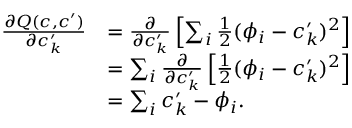
\begin{array} { r l } { \frac { \partial Q ( c , c ^ { \prime } ) } { \partial c _ { k } ^ { \prime } } } & { = \frac { \partial } { \partial c _ { k } ^ { \prime } } \left[ \sum _ { i } \frac { 1 } { 2 } ( \phi _ { i } - c _ { k } ^ { \prime } ) ^ { 2 } \right] } \\ & { = \sum _ { i } \frac { \partial } { \partial c _ { k } ^ { \prime } } \left[ \frac { 1 } { 2 } ( \phi _ { i } - c _ { k } ^ { \prime } ) ^ { 2 } \right] } \\ & { = \sum _ { i } c _ { k } ^ { \prime } - \phi _ { i } . } \end{array}